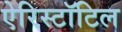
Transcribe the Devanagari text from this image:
ऐरिस्टॉटिल